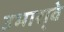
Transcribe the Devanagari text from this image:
उभारा्वे